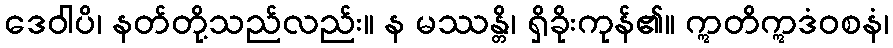
ဒေဝါပိ၊ နတ်တို့သည်လည်း။ န မဿန္တိ၊ ရှိခိုးကုန်၏။ ဣတိဣဒံဝစနံ၊